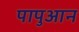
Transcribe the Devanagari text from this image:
पापुआन